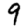
Digit: 9